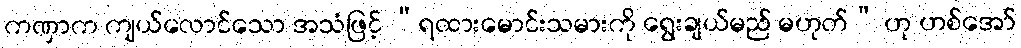
ကဏှာက ကျယ်လောင်သော အသံဖြင့် “ရထားမောင်းသမားကို ရွေးချယ်မည် မဟုတ်” ဟု ဟစ်အော်